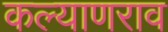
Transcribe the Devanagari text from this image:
कल्याणराव